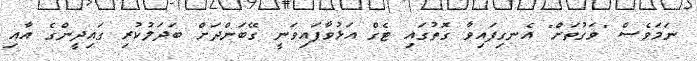
ނަމަވެސް "ވަގުތަށް" އެނގިފައިވާ ގޮތުގައި ޓެގް އަޅުވާފައިވަނީ ގޭބަންދަށް ބަދަލުކުރި ގައިދީންގެ އާއި